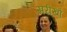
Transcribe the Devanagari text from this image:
सरीखों